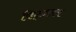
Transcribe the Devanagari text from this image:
फिट्ज़लन